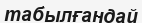
табылғандай